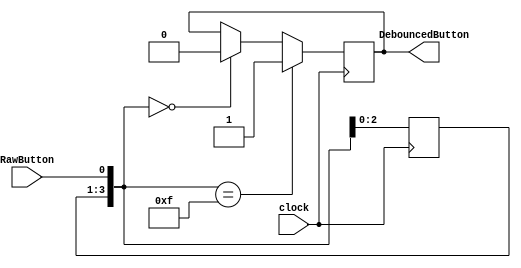
`timescale 1ns / 1ps
//////////////////////////////////////////////////////////////////////////////////
// Company:        Team.TeaWhen
// 
// Design Name: 
// Module Name:    PushButtonDebounce 
// Project Name:   Five Stage Pipeline CPU
// Target Devices: Spartan3E Starter Kit
// Tool versions:  Xilinx ISE 14.1
// Description:    I love @Lilian_Ye
//
// Dependencies: 
//
// Revision: 
// Revision 0.01 - File Created
// Additional Comments: 
//
//////////////////////////////////////////////////////////////////////////////////
module PushButtonDebounce(
    input clock,
    input RawButton,
    output reg DebouncedButton
    );

    reg [3:0] Delay;

    always @ (posedge clock) begin
        Delay = Delay << 1;
        Delay[0] = RawButton;
        if (Delay == 0)
            DebouncedButton = 0;
        if (Delay == 15)
            DebouncedButton = 1;
    end

endmodule